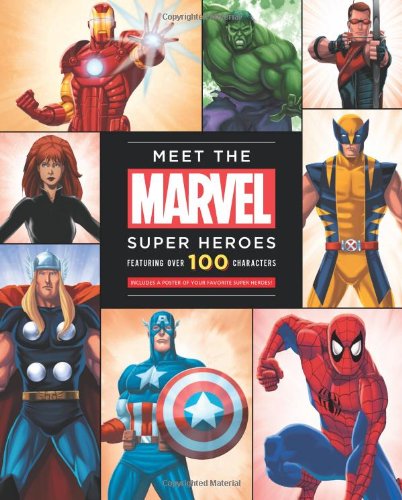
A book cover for Meet The Marvel Super Heroes: Includes a Poster of Your Favorite Super Heroes!; Scott Peterson; Comics & Graphic Novels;